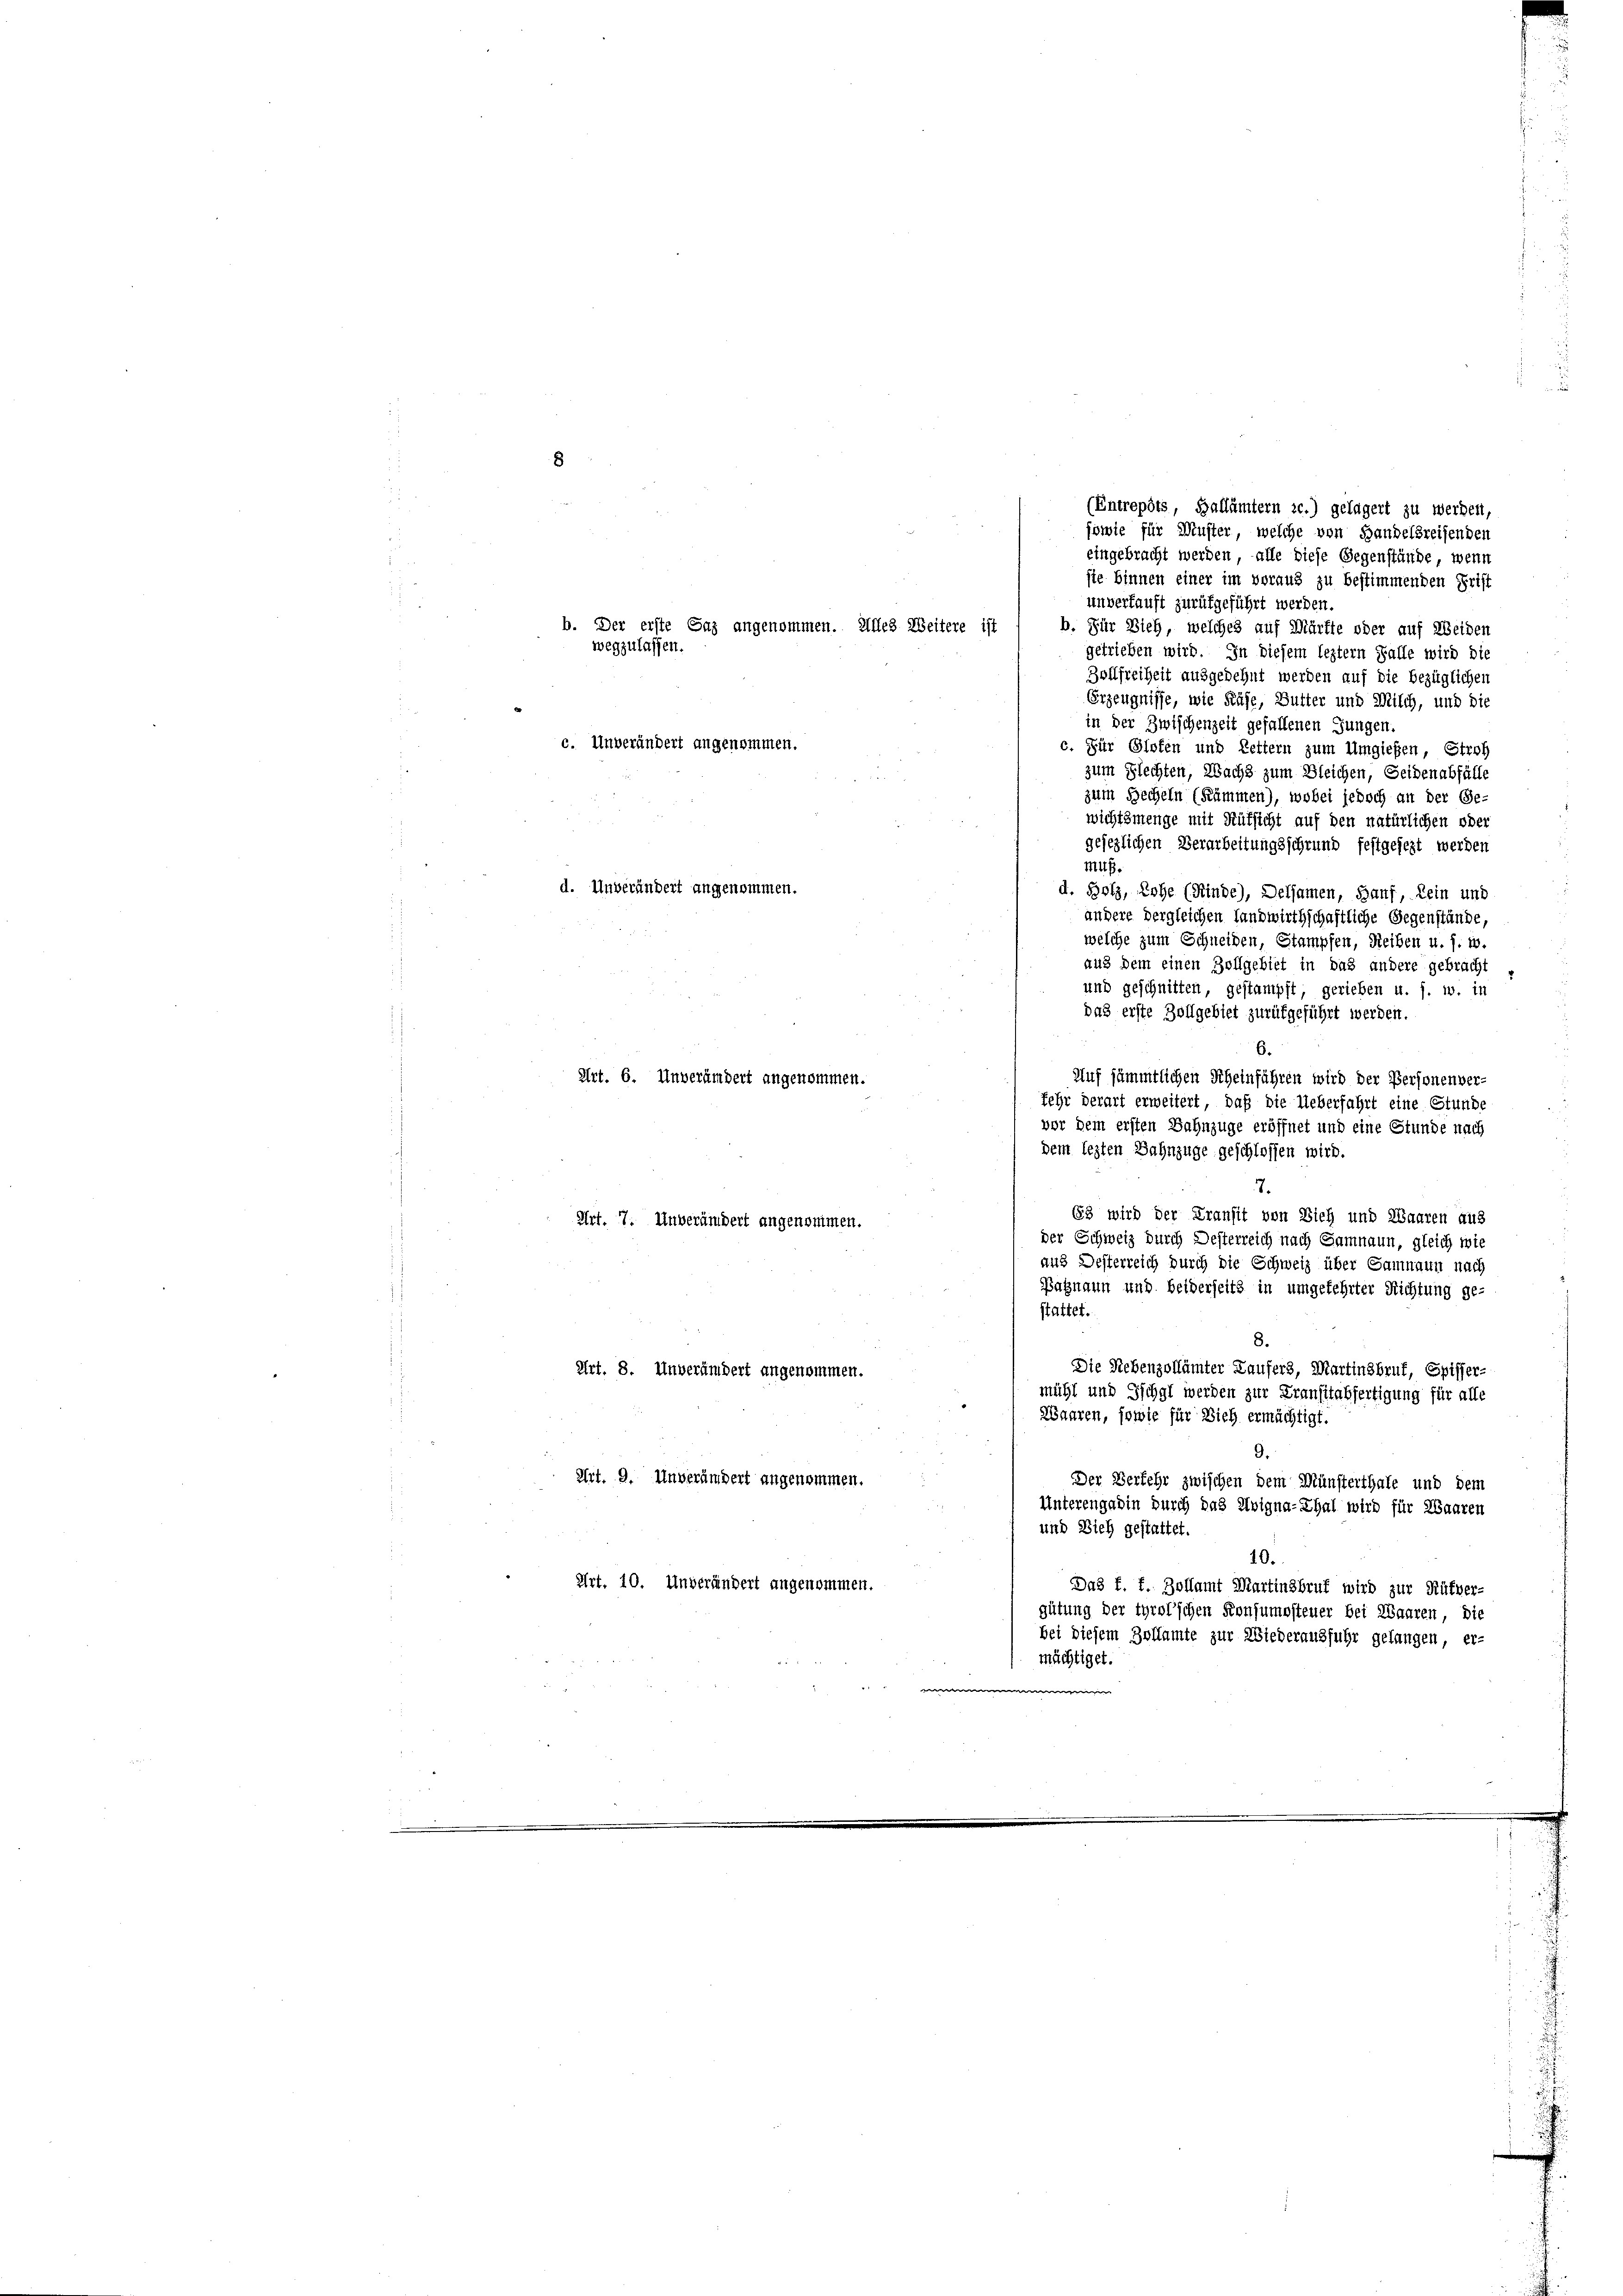
d. Unverändert angenommen.

8
(Entrepôts, Ballämtern ze.) gelagert zu werden,
sowie für Muster, welche von Handelsreisenden
eingebracht werden, alle diese Gegenstände, wenn
sie binnen einer im voraus zu bestimmenden Griff
unverkauft zurükgeführt werden.
b. Der erste Gaz angenommen. Alles Weitere ist
b. Für Vieh, welches auf Märfte oder auf Weiden
wegzulassen.
getrieben wird. In diesem leztern Falle wird die
Zollfreiheit ausgedehnt werden auf die bezüglichen
Erzeugnisse, wie Käse, Butter und Milch, und die
in der Zwischenzeit gefallenen Jungen.
c. Unverändert angenommen.
c. Für Glofen und Lettern zum Umgießen, Stroh
zum Flechten, Nachs zum Bleichen, Seidenabfälle
zum Becheln (Summen), wobei jedoch an der Ge-
wichtsmenge mit Aufsicht auf den natürlichen oder
gesezlichen Verarbeitungsschrund festgesezt werden
muß.
d. Bolz, Rohe (Kinde), Delsamen, Bauf, kein und
andere dergleichen Landwirthschaftliche Gegenstände,
welche zum Schneiden, Stampfen, Reiben u. s. w.
aus dem einen Zollgebiet in das andere gebracht
und geschnitten, gestampft, gerieben u. s. w. in
das erste Zollgebiet zurükgeführt werden.
6.
Art. 6. Unverändert angenommen.
Auf sämmtlichen Scheinführen wird der Personenver-
fehr derart erweitert, daß die Ueberfahrt eine Stunde
vor dem ersten Bahnzüge eröffnet und eine Stunde nach
dem lezten Bahnzüge geschlossen wird.
7.
63 wird der Kransit von Dich und Waaren aus
Art. 7. Unverändert angenommen.
der Schweiz durch Desterreich nach Samnaun, gleich wie
aus Desterreich durch die Schweiz über Samnaun nach
Batzmann und beiderseits in umgekehrter Richtung ge-
stattet.
8.
Die Nebenzollämter Laufers, Martinsbruf, Spisser,
Art. 8. Unverändert angenommen.
mühl und Ischgl werden zur Transitabfertigung für alle
Waaren, sowie für Dich ermächtigt.
9.
Art. 9. Unverändert angenommen.
Der Verkehr zwischen dem Münsterthale und dem
Unterengadin durch das Uvigna-Thal wird für Waaren
und Dich gestattet.
10.
Art. 10. Unverändert angenommen.
Das f. f. Zollamt Martinskrut wird zur Rütver-
gütung der tyrol’schen Konsumsteuer bei Waaren, die
bei diesem Zollamte zur Wiederausfuhr gelangen, er-
mächtiget.
e